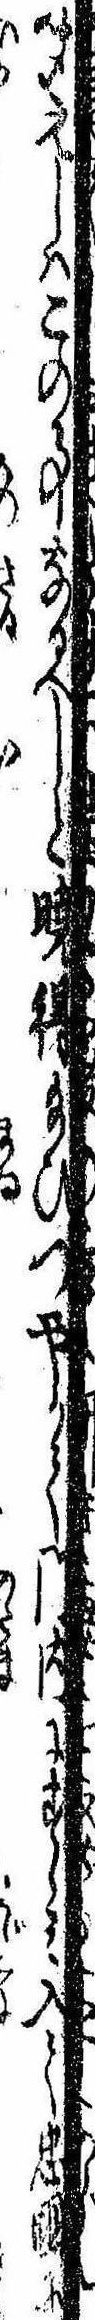
聞えしはこの事なるべしと暁得給ひつやがて門内にすゝみ入て忠国に